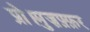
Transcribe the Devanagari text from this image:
प्रो।मुज़फ़्फ़र